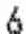
6